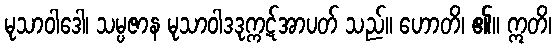
မုသာဝါဒေါ၊ သမ္ပဇာန မုသာဝါဒဒုက္ကဋ်အာပတ် သည်။ ဟောတိ၊ ၏။ ဣတိ၊